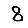
Digit: 8